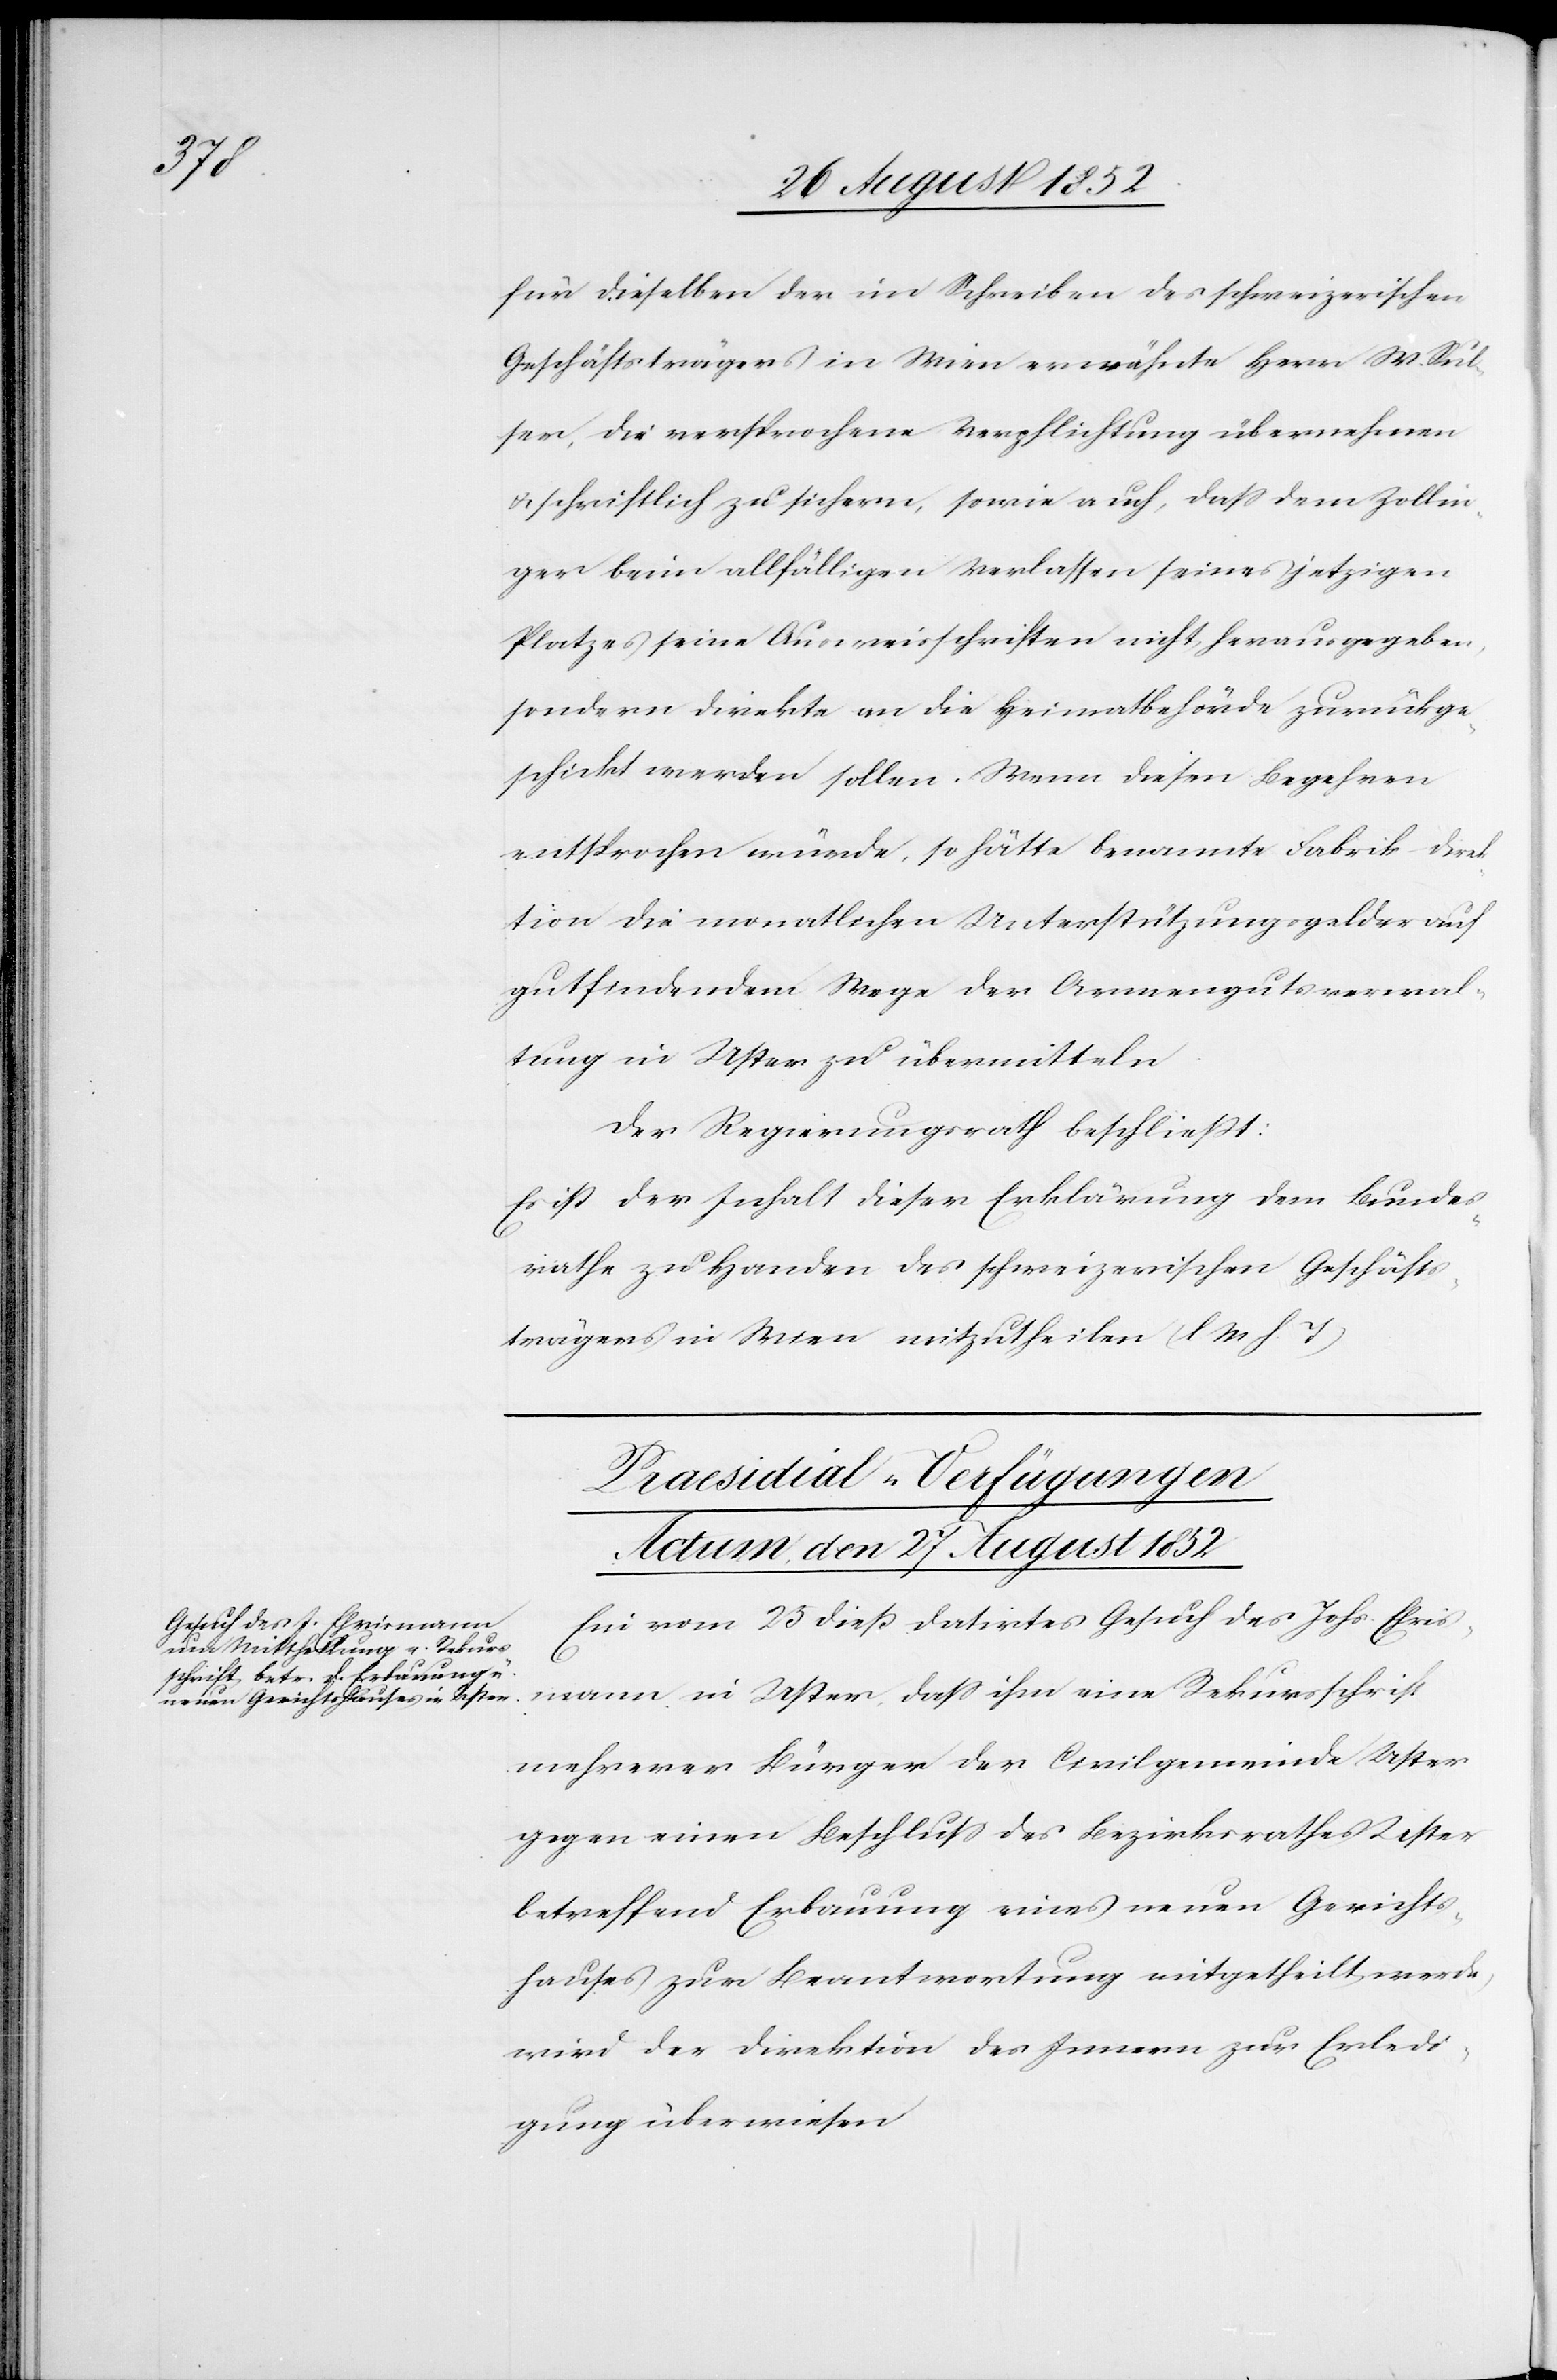
für dieselben der im Schreiben des schweizerischen
Geschäftsträgers in Wien erwähnte Herr W. Sul¬
ser, die versprochene Verpflichtung übernehmen
& schriftlich zusichern, sowie auch, dass dem Zollin¬
ger beim allfälligen Verlassen seines jetzigen
Platzes seine Ausweisschriften nicht herausgegeben,
sondern direkte an die Heimatbehörde zurückge¬
schickt werden sollen. Wenn diesen Begehren
entsprochen würde, so hätte benannte Fabrik-Direk¬
tion die monatlichen Unterstützungsgelder auf
gutfindendem Wege der Armengutsverwal¬
tung in Uster zu übermitteln
Der Regierungsrath beschließt:
Es ist der Inhalt dieser Erklärung dem Bundes¬
rathe zu Handen des schweizerischen Geschäfts¬
trägers in Wien mitzutheilen (l M h. T)[.]
Praesidial-Verfügungen
Actum, den 27 August 1852
Ein vom 25 dieß datirtes Gesuch des Johs. Ehris¬
mann in Uster, dass ihm eine Rekursschrift
mehrerer Bürger der Civilgemeinde Uster
gegen einen Beschluss des Bezirksrathes Uster
betreffend Erbauung eines neuen Gerichts¬
hauses zur Beantwortung mitgetheilt werde,
wird der Direktion des Innern zur Erledi¬
gung überwiesen[.]